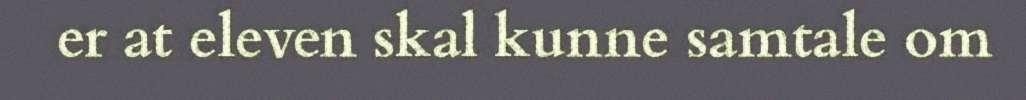
er at eleven skal kunne samtale om